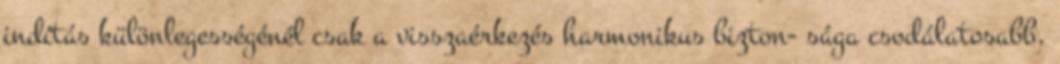
indítás különlegességénél csak a visszaérkezés harmonikus bizton- sága csodálatosabb.